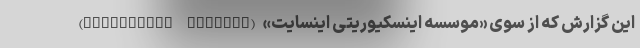
این گزارش که از سوی «موسسه اینسکیوریتی اینسایت» (Insecurity Insight)